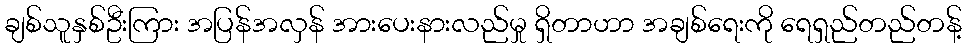
ချစ်သူနှစ်ဦးကြား အပြန်အလှန် အားပေးနားလည်မှု ရှိတာဟာ အချစ်ရေးကို ရေရှည်တည်တန့်